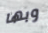
وبها